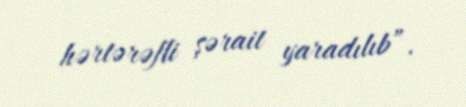
hərtərəfli şərait yaradılıb”.